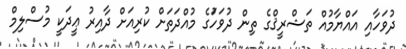
ދުވަހާއި އައްޔާމުއް ތަޝްރީޤްގެ ތިން ދުވަހަުގެ މުއްދަތަށް ކުރިއަށް ދާއިރު ޢީދަކީ މުސްލިމް